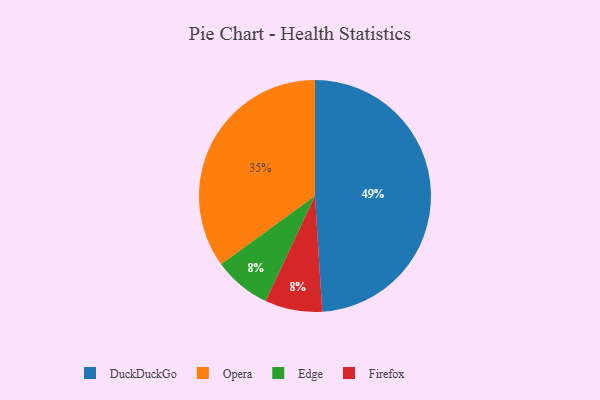
{"axis": {"x": "Category", "y": "Percentage"}, "legend": ["DuckDuckGo", "Edge", "Firefox", "Opera"], "data": [{"x": "Edge", "y": 8, "type": "Edge"}, {"x": "DuckDuckGo", "y": 49, "type": "DuckDuckGo"}, {"x": "Opera", "y": 35, "type": "Opera"}, {"x": "Firefox", "y": 8, "type": "Firefox"}]}